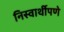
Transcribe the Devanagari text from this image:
निस्वार्थीपणे